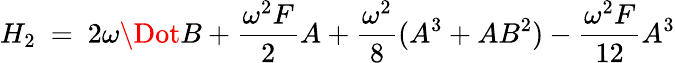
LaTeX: H_{2}\ =\ 2\omega\Dot{B}+\frac{\omega^{2}F}{2}A+\frac{\omega^{2}}{8}(A^{3}+AB^{2})-\frac{\omega^{2}F}{12}A^{3}